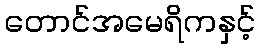
တောင်အမေရိကနှင့်